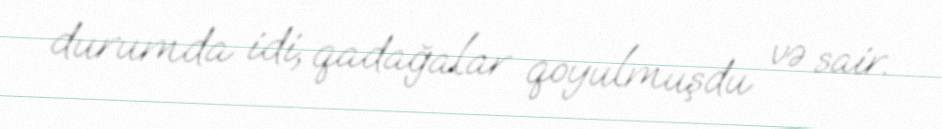
durumda idi, qadağalar qoyulmuşdu və sair.